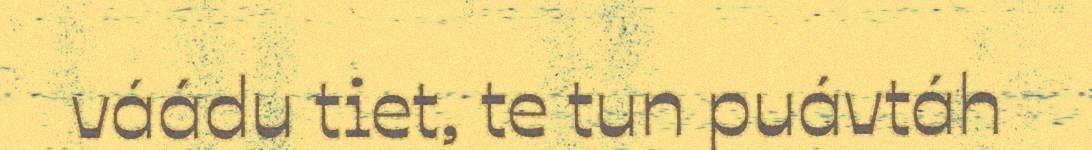
váádu tiet, te tun puávtáh